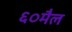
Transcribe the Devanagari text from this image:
६०मैल